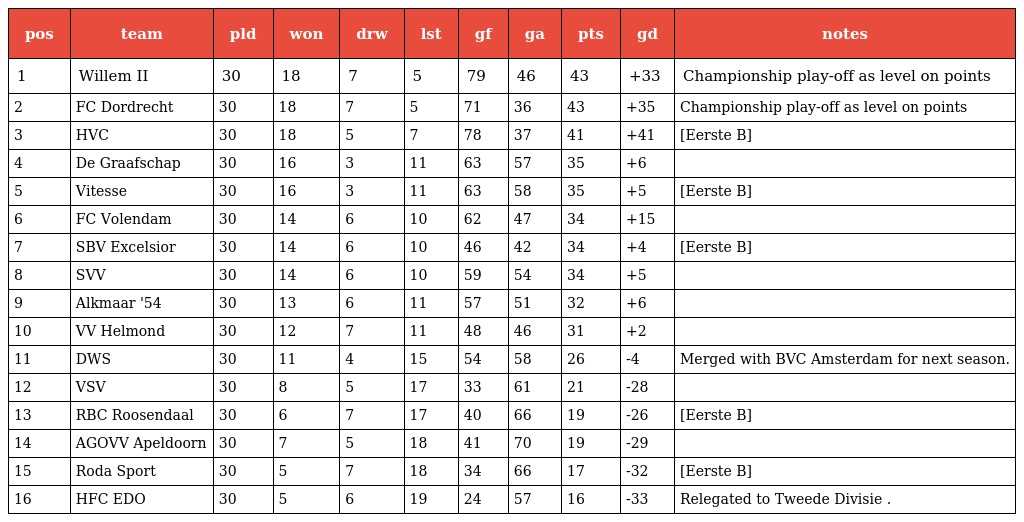
| pos | team | pld | won | drw | lst | gf | ga | pts | gd | notes |
 | --- | --- | --- | --- | --- | --- | --- | --- | --- | --- | --- |
 | 1 | Willem II | 30 | 18 | 7 | 5 | 79 | 46 | 43 | +33 | Championship play-off as level on points |
 | 2 | FC Dordrecht | 30 | 18 | 7 | 5 | 71 | 36 | 43 | +35 | Championship play-off as level on points |
 | 3 | HVC | 30 | 18 | 5 | 7 | 78 | 37 | 41 | +41 | [Eerste B] |
 | 4 | De Graafschap | 30 | 16 | 3 | 11 | 63 | 57 | 35 | +6 |  |
 | 5 | Vitesse | 30 | 16 | 3 | 11 | 63 | 58 | 35 | +5 | [Eerste B] |
 | 6 | FC Volendam | 30 | 14 | 6 | 10 | 62 | 47 | 34 | +15 |  |
 | 7 | SBV Excelsior | 30 | 14 | 6 | 10 | 46 | 42 | 34 | +4 | [Eerste B] |
 | 8 | SVV | 30 | 14 | 6 | 10 | 59 | 54 | 34 | +5 |  |
 | 9 | Alkmaar '54 | 30 | 13 | 6 | 11 | 57 | 51 | 32 | +6 |  |
 | 10 | VV Helmond | 30 | 12 | 7 | 11 | 48 | 46 | 31 | +2 |  |
 | 11 | DWS | 30 | 11 | 4 | 15 | 54 | 58 | 26 | -4 | Merged with BVC Amsterdam for next season. |
 | 12 | VSV | 30 | 8 | 5 | 17 | 33 | 61 | 21 | -28 |  |
 | 13 | RBC Roosendaal | 30 | 6 | 7 | 17 | 40 | 66 | 19 | -26 | [Eerste B] |
 | 14 | AGOVV Apeldoorn | 30 | 7 | 5 | 18 | 41 | 70 | 19 | -29 |  |
 | 15 | Roda Sport | 30 | 5 | 7 | 18 | 34 | 66 | 17 | -32 | [Eerste B] |
 | 16 | HFC EDO | 30 | 5 | 6 | 19 | 24 | 57 | 16 | -33 | Relegated to Tweede Divisie . |